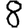
Digit: 8